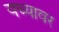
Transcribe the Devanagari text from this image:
यच्यावर